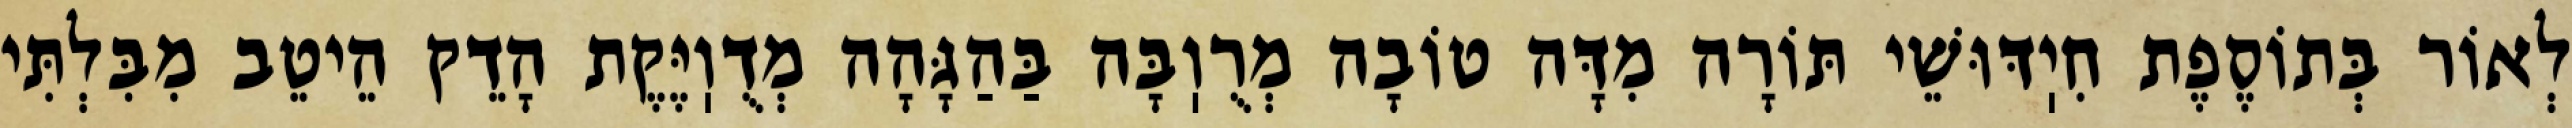
לְאוֹר בְּתוֹסֶפֶת חִיֽדּוּשֵׁי תּוֹרָה מִדָּה טוֹבָה מְרֻוֽבָּה בַּהַגָּהָה מְדֻוֽיֶּקֶת הָדֵק הֵיטֵב מִבִּלְתִּי